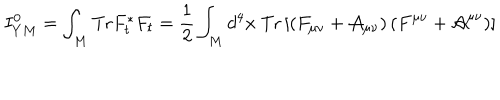
I _ { Y M } ^ { 0 } = \int _ { M } \mathrm { T r } F _ { t } ^ { * } F _ { t } = \frac { 1 } { 2 } \int _ { M } d ^ { 4 } x \ \mathrm { T r } \left[ \left( F _ { \mu \nu } + { \cal A } _ { \mu \nu } \right) \left( F ^ { \mu \nu } + { \cal A } ^ { \mu \nu } \right) \right]